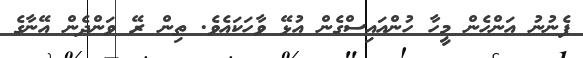
ފެނުނު އަންހެން މީހާ ހުންއައިސްގެން އުޅޭ ވާހަކައެވެ. ތިން ރޭ ވަންދެން އޭނާގެ